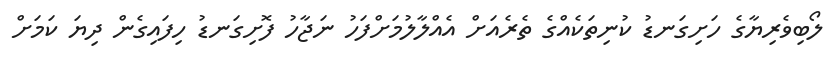
ލޯބިވެރިޔާގެ ހަށިގަނޑު ކުނިތަކެއްގެ ތެރެއަށް އެއްލާލުމަށްފަހު ނަޖާހު ފޮށިގަނޑު ހިފައިގެން ދިޔަ ކަމަށް